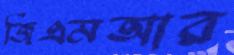
জিএমআর